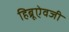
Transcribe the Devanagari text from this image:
हिब्रूऐवजी